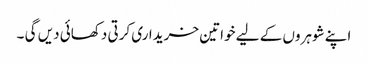
اپنے شوہروں کے لیے خواتین خریداری کرتی دکھائی دیں گی ۔